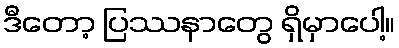
ဒီတော့ ပြဿနာတွေ ရှိမှာပေါ့။